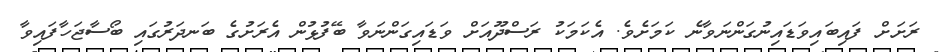
ރަށަށް ފައިބައިވަޑައިނުގަންނަވާނެ ކަމަށެވެ. އެކަމަކު ރަސްދޫއަށް ވަޑައިގަންނަވާ ބޭފުޅުން އެރަށުގެ ބަނދަރުގައި ބޯސާޖަހާފައިވާ